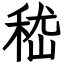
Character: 嵇